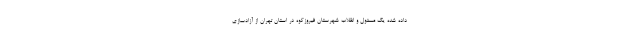
داده شده یک مسئول و انقلاب شهرستان فیروزکوه در استان تهران از آزادسازی